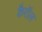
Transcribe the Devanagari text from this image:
कैरॉल